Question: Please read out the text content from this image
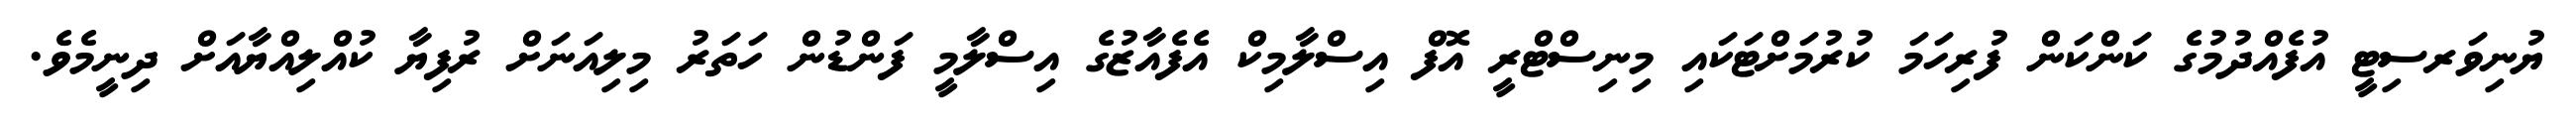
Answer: ޔުނިވަރސިޓީ އުފެއްދުމުގެ ކަންކަން ފުރިހަމަ ކުރުމަށްޓަކައި މިނިސްޓްރީ އޮފް އިސްލާމިކް އެފެއާޒުގެ އިސްލާމީ ފަންޑުން ހަތަރު މިލިއަނަށް ރުފިޔާ ކުއްލިއްޔާއަށް ދިނީމެވެ.